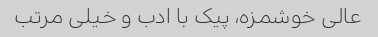
عالی خوشمزه، پیک با ادب و خیلی مرتب